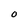
Character: O